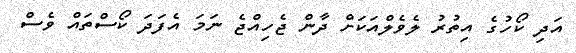
އަދި ކޯހުގެ އިތުރު ލެވެލްއަކަށް ދާން ޖެހިއްޖެ ނަމަ އެފަދަ ކޯސްތައް ވެސް